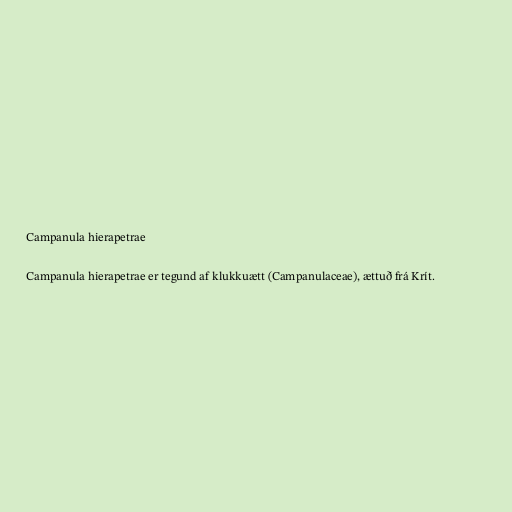
Campanula hierapetrae

Campanula hierapetrae er tegund af klukkuætt (Campanulaceae), ættuð frá Krít.